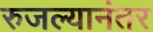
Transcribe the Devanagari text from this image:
रुजल्यानंतर